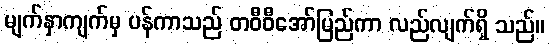
မျက်နှာကျက်မှ ပန်ကာသည် တဝီဝီအော်မြည်ကာ လည်လျက်ရှိ သည်။